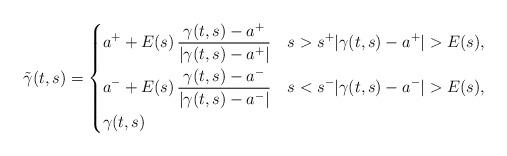
LaTeX: \begin{align*}\tilde{\gamma}(t,s)=\begin{dcases}a^++E(s)\, \frac{\gamma(t,s)-a^+}{|\gamma(t,s)-a^+|}&s>s^+|\gamma(t,s)-a^+|>E(s),\\a^-+E(s)\, \frac{\gamma(t,s)-a^-}{|\gamma(t,s)-a^-|}&s<s^-|\gamma(t,s)-a^-|>E(s),\\\gamma(t,s)&\end{dcases}\end{align*}